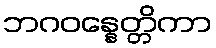
ဘဂဝန္နေတ္တိကာ